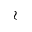
\wr